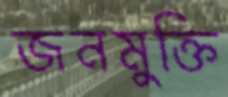
জনমুক্তি